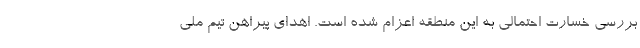
بررسی خسارت احتمالی به این منطقه اعزام شده است. اهدای پیراهن تیم ملی